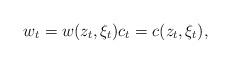
LaTeX: \begin{align*} w_t=w(z_t,\xi_t)c_t=c(z_t,\xi_t),\end{align*}